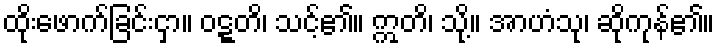
ထိုးဖောက်ခြင်းငှာ။ ဝဋ္ဋတိ၊ သင့်၏။ ဣတိ၊ သို့။ အာဟံသု၊ ဆိုကုန်၏။